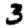
Digit: 3